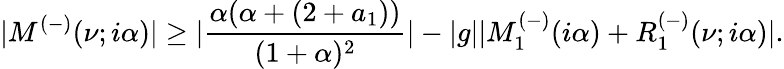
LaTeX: |M^{(-)}(\nu;i\alpha)|\geq|\frac{\alpha(\alpha+(2+a_{1}))}{(1+\alpha)^{2}}|-|g||M_{1}^{(-)}(i\alpha)+R_{1}^{(-)}(\nu;i\alpha)|.